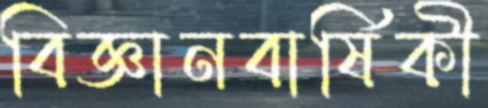
বিজ্ঞানবার্ষিকী